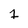
Character: 1